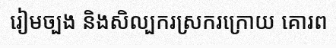
រៀមច្បង និងសិល្បករស្រករក្រោយ គោរព